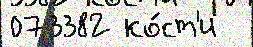
073382 ко́ст'и